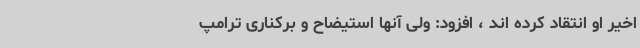
اخیر او انتقاد کرده اند ، افزود: ولی آنها استیضاح و برکناری ترامپ